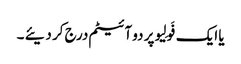
یا ایک فَولِیو پر دو آئیٹم درج کر دیئے ۔